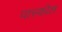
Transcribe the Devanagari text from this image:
पास्कोल